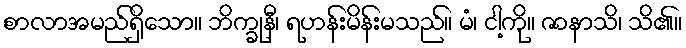
စာလာအမည်ရှိသော။ ဘိက္ခုနီ၊ ရဟန်းမိန်းမသည်။ မံ၊ ငါ့ကို။ ဇာနာသိ၊ သိ၏။